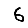
Digit: 6